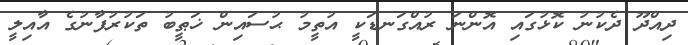
ދިއްދޫ ދެކުނު ކޮޅުގައި އޮންނަ ރުއްގަނޑަކީ އުތީމު ޙުސައިން ޚަޠީބު ތަކުރުފާނުގެ އާއިލީ